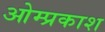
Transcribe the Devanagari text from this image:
ओम्प्रकाश